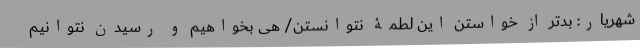
شهریار: بدتر از خواستن این لطمۀ نتوانستن/ هی بخواهیم و رسیدن نتوانیم